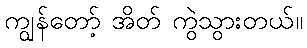
ကျွန်တော့် အိတ် ကွဲသွားတယ်။